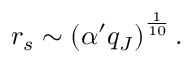
r _ { s } \sim \left( \alpha ^ { \prime } q _ { J } \right) ^ { \frac { 1 } { 1 0 } } .